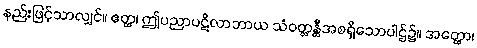
နည်းဖြင့်သာလျှင်။ ဧတ္ထ၊ ဤပညာပဋိလာဘာယ သံဝတ္တန္တီအစရှိသောပါဌ်၌။ အတ္ထော၊